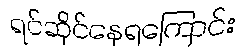
ရင်ဆိုင်နေရကြောင်း